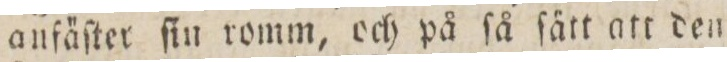
anfäſter ſin romm, och på ſå ſätt att den